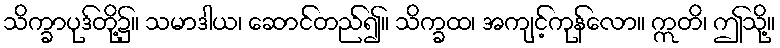
သိက္ခာပုဒ်တို့၌။ သမာဒါယ၊ ဆောင်တည်၍။ သိက္ခထ၊ အကျင့်ကုန်လော။ ဣတိ၊ ဤသို့။